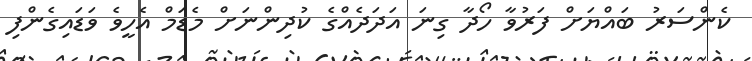
ކެންސަރު ބައްޔަށް ފަރުވާ ހޯދާ ގިނަ އަދަދެއްގެ ކުދިންނަށް މެޑަމް އެހީވެ ވަޑައިގެންފި